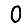
Digit: 0